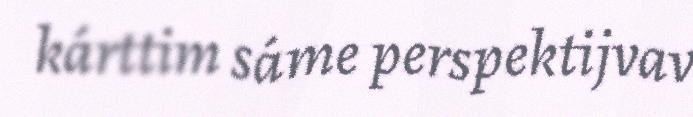
kárttim sáme perspektijvav